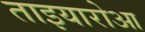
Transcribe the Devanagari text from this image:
ताइयारोआ